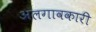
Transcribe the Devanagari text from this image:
अलगावकारी